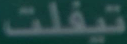
تيفلت